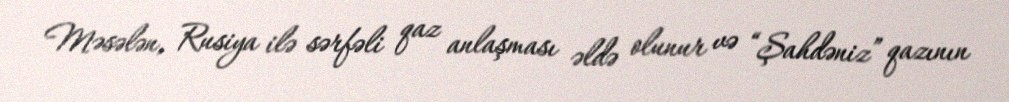
Məsələn, Rusiya ilə sərfəli qaz anlaşması əldə olunur və “Şahdəniz” qazının